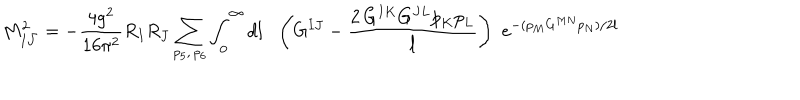
LaTeX: M _ { I { \bar { J } } } ^ { 2 } = - \frac { 4 g ^ { 2 } } { 1 6 \pi ^ { 2 } } R _ { I } R _ { J } \sum _ { p _ { 5 } , \, p _ { 6 } } \int _ { 0 } ^ { \infty } d l \, \, \, \, \left( G ^ { I J } - \frac { 2 \, G ^ { I K } G ^ { J L } { p } _ { K } { p } _ { L } } { l } \right) \, \, e ^ { - ( p _ { M } G ^ { M N } p _ { N } ) / 2 l }